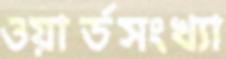
ওয়ার্ডসংখ্যা